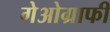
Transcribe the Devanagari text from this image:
गेओग्राफी